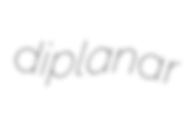
diplanar